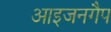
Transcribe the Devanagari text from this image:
आइजनगैप